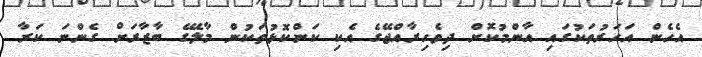
އެހެން އަހަރުތަކުގައި އާންމުކޮށް ދިވެހިރާއްޖޭގެ އެކި ކަންކޮޅުތަކުން މާލޭގެ ބާޒާރަށް ގެންނަ ކަރާ